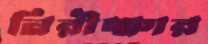
নিরীক্ষার